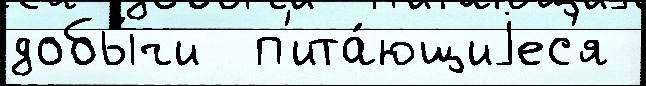
добы́чи  п'ита́ющиjес'я